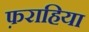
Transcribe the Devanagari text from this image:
फ़राहिया